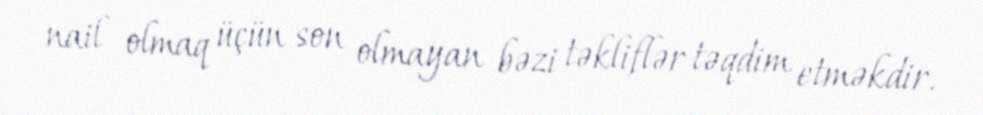
nail olmaq üçün son olmayan bəzi təkliflər təqdim etməkdir.